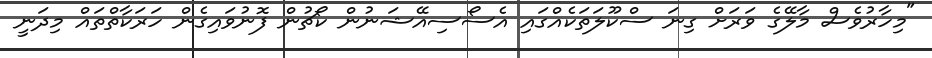
"މިހާރުވެސް މާލޭގެ ވަރަށް ގިނަ ސްކޫލަތަކެއްގައި އެސޯސިއޭޝަނުން ކޯޗުން ފޮނުވައިގެން ހަރަކާތްތައް މިދަނީ